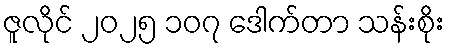
ဇူလိုင် ၂၀၂၅ ၁၀၇ ဒေါက်တာ သန်းစိုး